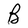
Character: B